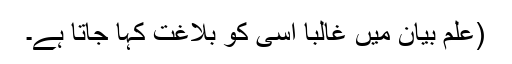
(علمِ بیان میں غالباً اسی کو بلاغت کہا جاتا ہے۔